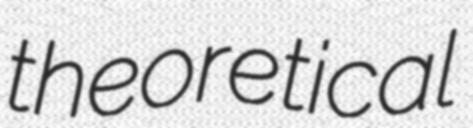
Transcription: theoretical